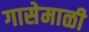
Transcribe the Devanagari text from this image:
गासेमाळी